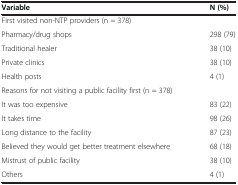
<table><thead><tr><td><b>Variable</b></td><td><b>N (%)</b></td></tr></thead><tbody><tr><td>First visited non-NTP providers (n = 378)</td><td> </td></tr><tr><td>Pharmacy/drug shops</td><td>298 (79)</td></tr><tr><td>Traditional healer</td><td>38 (10)</td></tr><tr><td>Private clinics</td><td>38 (10)</td></tr><tr><td>Health posts</td><td>4 (1)</td></tr><tr><td>Reasons for not visiting a public facility first (n = 378)</td><td> </td></tr><tr><td>It was too expensive</td><td>83 (22)</td></tr><tr><td>It takes time</td><td>98 (26)</td></tr><tr><td>Long distance to the facility</td><td>87 (23)</td></tr><tr><td>Believed they would get better treatment elsewhere</td><td>68 (18)</td></tr><tr><td>Mistrust of public facility</td><td>38 (10)</td></tr><tr><td>Others</td><td>4 (1)</td></tr></tbody></table>